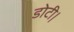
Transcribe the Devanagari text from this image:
डोटी।